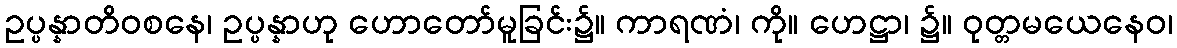
ဥပ္ပန္နာတိဝစနေ၊ ဥပ္ပန္နာဟု ဟောတော်မူခြင်း၌။ ကာရဏံ၊ ကို။ ဟေဋ္ဌာ၊ ၌။ ဝုတ္တမယေနေဝ၊